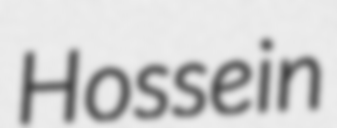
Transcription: Hossein